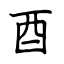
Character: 酉